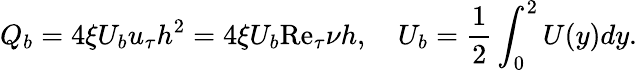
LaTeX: Q_{b}=4\xi U_{b}u_{\tau}h^{2}=4\xi U_{b}\mathrm{Re}_{\tau}\nu h,\quad U_{b}=\frac{1}{2}\int_{0}^{2}U(y)dy.